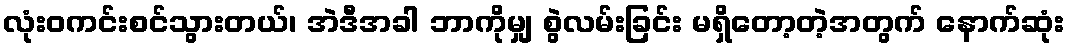
လုံးဝကင်းစင်သွားတယ်၊ အဲဒီအခါ ဘာကိုမျှ စွဲလမ်းခြင်း မရှိတော့တဲ့အတွက် နောက်ဆုံး